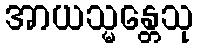
အာယသ္မန္တေသု